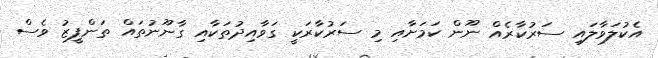
އެކުލަވާލައި ސަރުކާރެއް ނޫން ކަމަށާއި މި ސަރުކާރަކީ ގަވާއިދުތަކާއި ގާނޫނުތައް ތަންފީޒު ވެސް